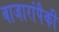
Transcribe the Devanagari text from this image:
बाजारांपैकी